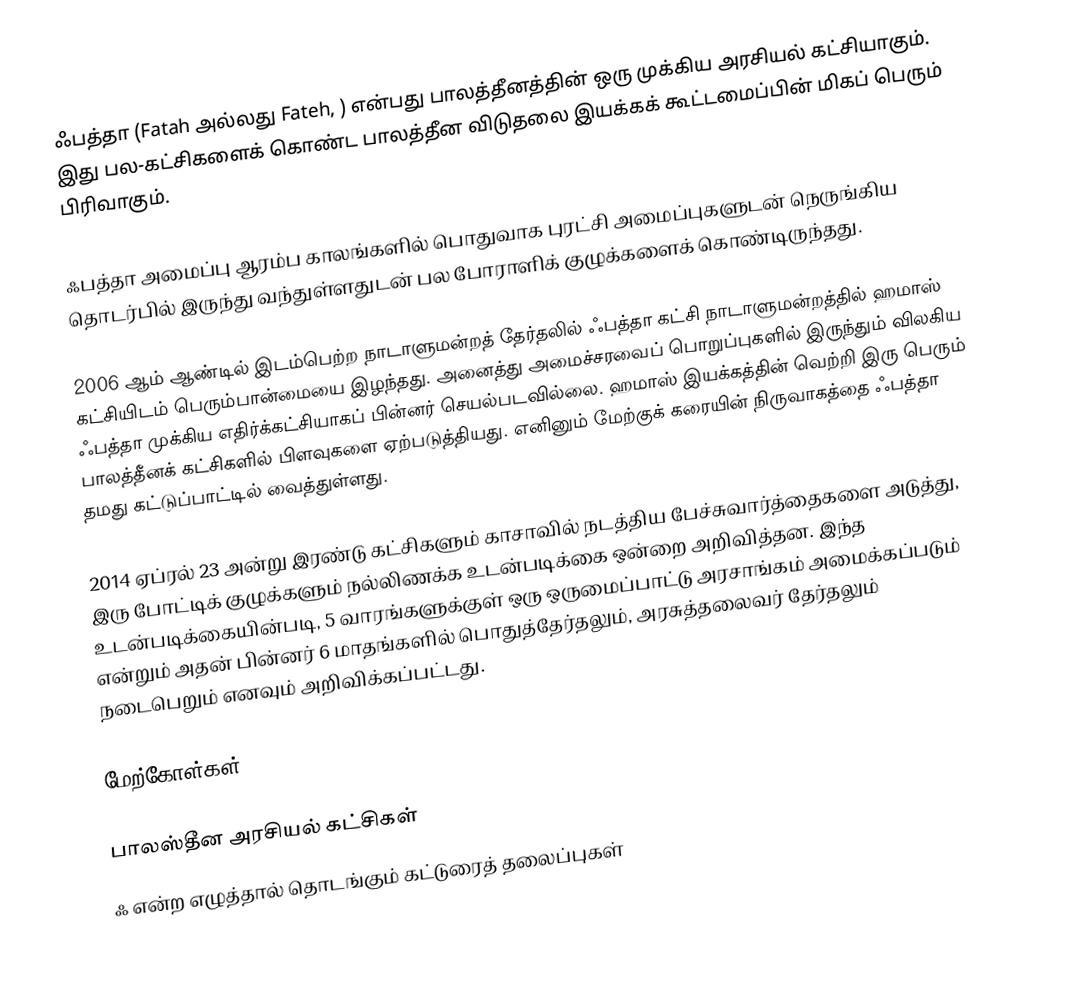
ஃபத்தா (Fatah அல்லது Fateh,  ) என்பது பாலத்தீனத்தின் ஒரு முக்கிய அரசியல் கட்சியாகும். இது பல-கட்சிகளைக் கொண்ட பாலத்தீன விடுதலை இயக்கக் கூட்டமைப்பின் மிகப் பெரும் பிரிவாகும்.

ஃபத்தா அமைப்பு ஆரம்ப காலங்களில் பொதுவாக புரட்சி அமைப்புகளுடன் நெருங்கிய தொடர்பில் இருந்து வந்துள்ளதுடன் பல போராளிக் குழுக்களைக் கொண்டிருந்தது.

2006 ஆம் ஆண்டில் இடம்பெற்ற நாடாளுமன்றத் தேர்தலில் ஃபத்தா கட்சி நாடாளுமன்றத்தில் ஹமாஸ் கட்சியிடம் பெரும்பான்மையை இழந்தது. அனைத்து அமைச்சரவைப் பொறுப்புகளில் இருந்தும் விலகிய ஃபத்தா முக்கிய எதிர்க்கட்சியாகப் பின்னர் செயல்படவில்லை. ஹமாஸ் இயக்கத்தின் வெற்றி இரு பெரும் பாலத்தீனக் கட்சிகளில் பிளவுகளை ஏற்படுத்தியது. எனினும் மேற்குக் கரையின் நிருவாகத்தை ஃபத்தா தமது கட்டுப்பாட்டில் வைத்துள்ளது.

2014 ஏப்ரல் 23 அன்று இரண்டு கட்சிகளும் காசாவில் நடத்திய பேச்சுவார்த்தைகளை அடுத்து, இரு போட்டிக் குழுக்களும் நல்லிணக்க உடன்படிக்கை ஒன்றை அறிவித்தன. இந்த உடன்படிக்கையின்படி, 5 வாரங்களுக்குள் ஒரு ஒருமைப்பாட்டு அரசாங்கம் அமைக்கப்படும் என்றும் அதன் பின்னர் 6 மாதங்களில் பொதுத்தேர்தலும், அரசுத்தலைவர் தேர்தலும் நடைபெறும் எனவும் அறிவிக்கப்பட்டது.

மேற்கோள்கள்

பாலஸ்தீன அரசியல் கட்சிகள்
ஃ என்ற எழுத்தால் தொடங்கும் கட்டுரைத் தலைப்புகள்